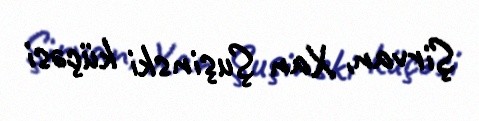
Şirvan, Xan Şuşinski küçəsi